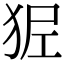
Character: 𤝺